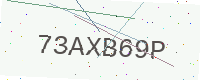
Text: 73AXB69P